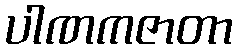
ပါဏကဇာတာ